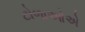
ટોળાઓએ